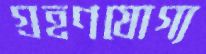
গ্রহণযোগ্য